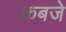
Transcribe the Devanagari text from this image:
कबजे